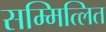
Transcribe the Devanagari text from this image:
सम्मित्लित